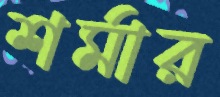
শর্মার